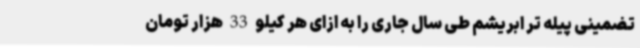
تضمینی پیله تر ابریشم طی سال جاری را به ازای هر کیلو 33 هزار تومان